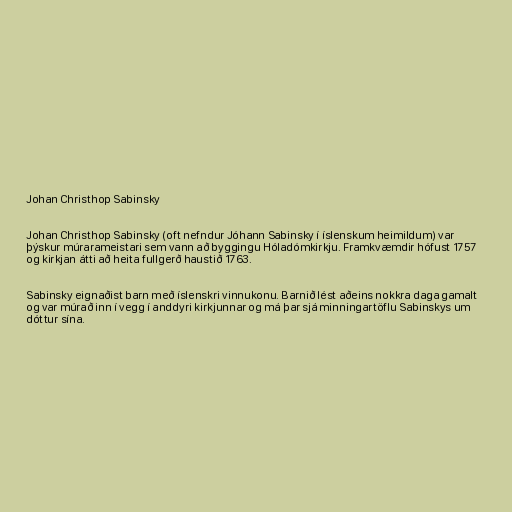
Johan Christhop Sabinsky

Johan Christhop Sabinsky (oft nefndur Jóhann Sabinsky í íslenskum heimildum) var
þýskur múrarameistari sem vann að byggingu Hóladómkirkju. Framkvæmdir hófust 1757
og kirkjan átti að heita fullgerð haustið 1763.

Sabinsky eignaðist barn með íslenskri vinnukonu. Barnið lést aðeins nokkra daga gamalt
og var múrað inn í vegg í anddyri kirkjunnar og má þar sjá minningartöflu Sabinskys um
dóttur sína.